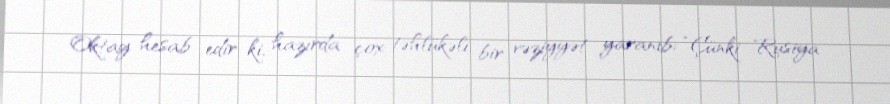
Oktay hesab edir ki, hazırda çox təhlükəli bir vəziyyət yaranıb: “Çünki Rusiya